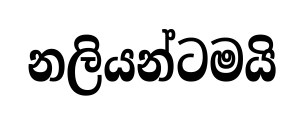
නලියන්ටමයි